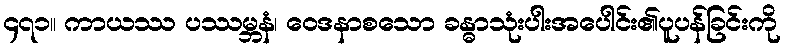
၄၇၁။ ကာယဿ ပဿမ္ဘနံ၊ ဝေဒနာစသော ခန္ဓာသုံးပါးအပေါင်း၏ပူပန်ခြင်းကို